Report of the Municipal Commissioner on the plague in Bombay for the year ending 31st May... - Volume 2
Disease focus: Plague
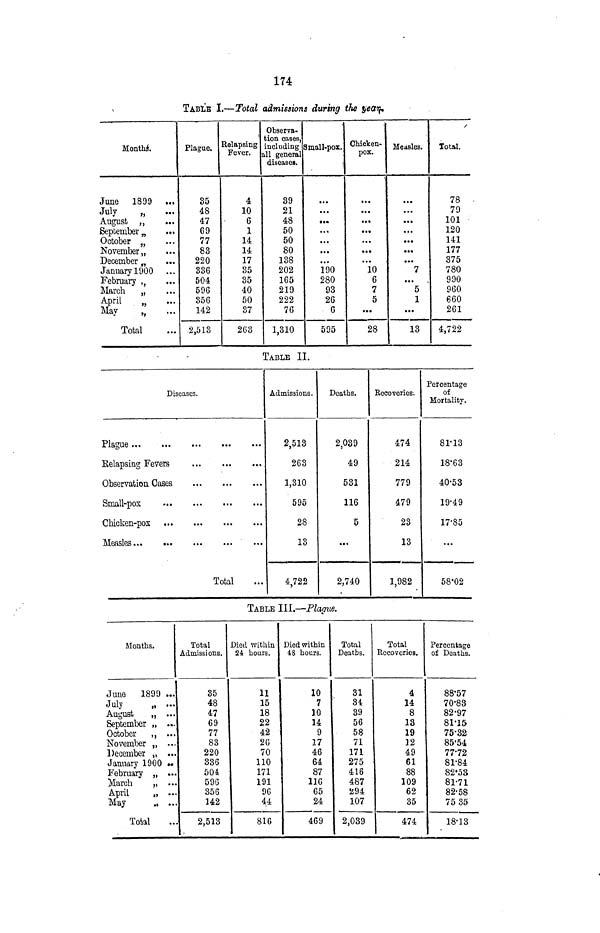
174
TABLE I.—Total admissions during the year.
Monthi.
June 1899
...
July
„
...
August „
September „
October „
November,,
December „
January 1900
...
February ,,
March
„
April
May
tf
Total
Plague.
35
48
47
69
77
83
220
336
504
596
356
142
2,513
Relapsing
Fever.
4
10
6
1
14
14
17
35
35
40
50
37
263
Observa-
tion cases,
including
all general
diseases.
39
21
48
50
50
80
138
202
165
219
222
76
1,310
V
Small-pox.
...
*«<•
..*
,.,
...
...
190
280
93
26
6
595
Chicken-
pox.
...
...
• ••
t«.
• ••
...
10
6
7
5
• ••
28
Measles.
...
...
...
...
...
...
7
...
5
1
...
13
/
Total.
78
79
101
120
141
177
375
780
990
960
660
261
4,722
TABLE II.
Diseases.
Plague
Relapsing Fevers
Observation Cases
Small-pox
Measles
Total
Admissions.
2,513
263
1,310
595
28
13
4,722
Deaths.
2,039
49
531
116
5
...
2,740
Recoveries.
474
214
779
479
23
13
1,982
Percentage
of
Mortality.
81'13
18-63
40-53
19'49
17-85
...
58'02
TABLE III.—Plague.
Months.
June
1899 ...
July
„ ...
August
„ ...
September „ ...
October
,, ...
November „ ...
December „ ...
January 1900 •«
February „ ...
Harch
„ ...
April
„ ...
May
„ ..
Total
Total
Admissions.
35
48
47
69
77
83
220
336
504
596
356
142
2,513
Died within
24 hours.
11
15
18
22
42
26
70
110
171
191
96
44
816
Died within
48 hours.
10
7
10
14
9
17
46
64
87
116
65
24
469
Total
Deaths.
31
34
39
56
58
71
171
275
416
487
294
107
2,039
Total
Recoveries.
4
14
8
13
19
12
49
61
88
109
62
35
474
Percentage
of Deaths.
88-57
70-88
82-97
81'15
75'32
85'54
77-72
81-84
82*53
81-71
82-58
7535
18-13
-